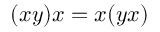
( x y ) x = x ( y x )